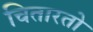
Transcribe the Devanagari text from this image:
चितारतो